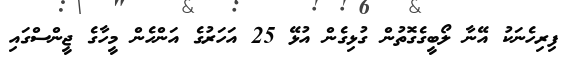
ފިރިހެނަކު އޭނާ ލޯބީގެގޮތުން ގުޅިގެން އުޅޭ 25 އަހަރުގެ އަންހެން މީހާގެ ޖީންސްގައި